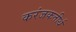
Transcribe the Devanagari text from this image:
करंजकतीर्थ